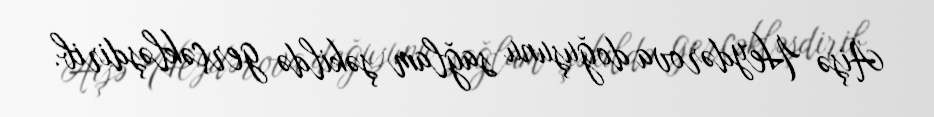
Aişə Heydərova doğuşunu sağlam şəkildə gerçəkləşdirib.